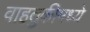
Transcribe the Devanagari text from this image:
वाहतुकीमध्ये